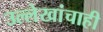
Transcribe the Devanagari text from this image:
उल्लेखांचाही